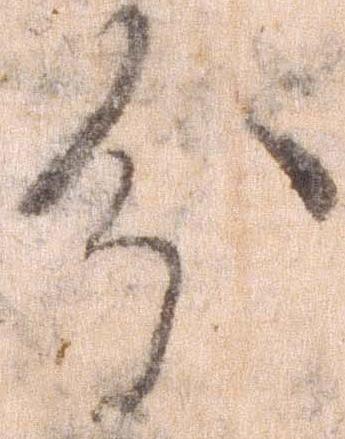
分